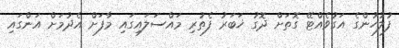
ފުލުހުންގެ އަގުވެއްޓޭ ގޮތަށް ދޮގު ޚަބަރު ފެތުރި މައްސަލައިގައި މާފަށް އެދުމަށް އަންގައި